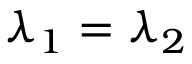
\lambda _ { 1 } = \lambda _ { 2 }